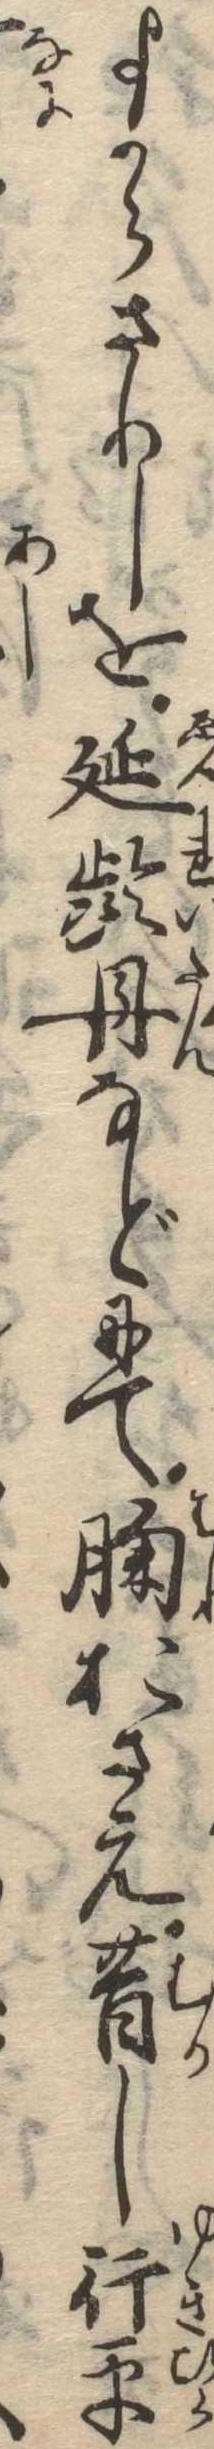
よからさりしを延齢丹などにて胸おさえ昔し行平